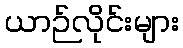
ယာဉ်လိုင်းများ